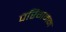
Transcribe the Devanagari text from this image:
परिगमन